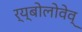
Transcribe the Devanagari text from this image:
र्य्बोलोवेव्